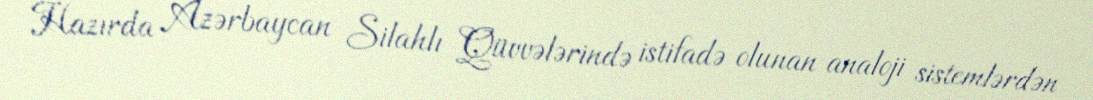
Hazırda Azərbaycan Silahlı Qüvvələrində istifadə olunan analoji sistemlərdən